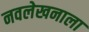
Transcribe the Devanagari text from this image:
नवलेखनाला